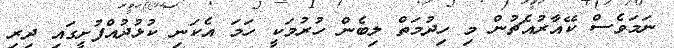
ނަމަވެސް ކޭއާރުއެޗުން މި ހިދުމަތް ލިބެން ހުރުމަކީ ހަމަ އެކަނި ކުޅުދުއްފުށީގައި ދިރި